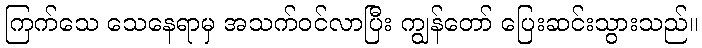
ကြက်သေ သေနေရာမှ အသက်ဝင်လာပြီး ကျွန်တော် ပြေးဆင်းသွားသည်။